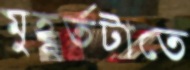
মুহূর্তটাতে